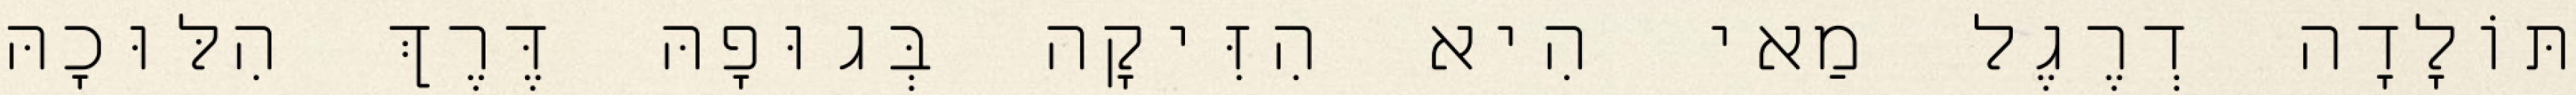
תּוֹלָדָה דְרֶגֶל מַאי הִיא הִזִּיקָה בְּגוּפָהּ דֶּרֶךְ הִלּוּכָהּ